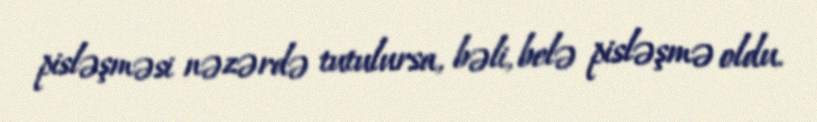
pisləşməsi nəzərdə tutulursa, bəli, belə pisləşmə oldu.